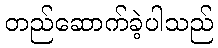
တည်ဆောက်ခဲ့ပါသည်